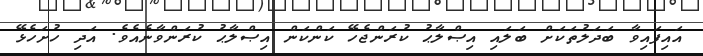
އައިފައިވާ ބަދަލުތަކަށް ބަލައި އިޞްލާޙު ކުރަންޖެހޭ ކަންކަން އިޞްލާޙު ކުރަންވާނެއެވެ. އަދި ހުށަހެޅޭ